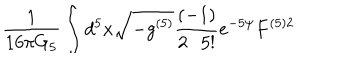
\frac { 1 } { 1 6 \pi G _ { 5 } } \int d ^ { 5 } x \sqrt { - g ^ { ( 5 ) } } \frac { ( - 1 ) } { 2 \cdot 5 ! } e ^ { - 5 \psi } F ^ { ( 5 ) 2 }